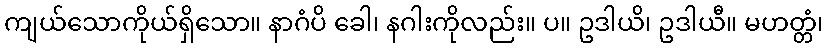
ကျယ်သောကိုယ်ရှိသော။ နာဂံပိ ခေါ၊ နဂါးကိုလည်း။ ပ။ ဥဒါယိ၊ ဥဒါယီ။ မဟတ္တံ၊